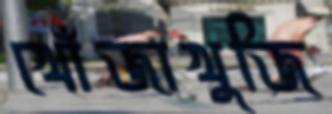
খোঁজাখুজি